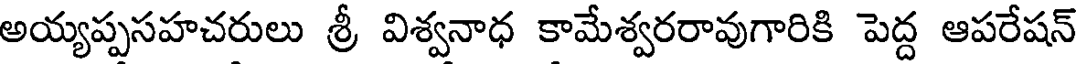
అయ్యప్పసహచరులు శ్రీ విశ్వనాధ కామేశ్వరరావుగారికి పెద్ద ఆపరేషన్